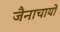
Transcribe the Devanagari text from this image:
जैनाचायों